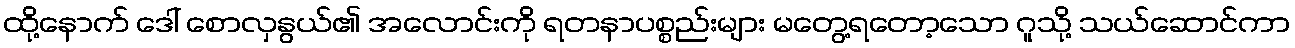
ထို့နောက် ဒေါ် စောလှနွယ်၏ အလောင်းကို ရတနာပစ္စည်းများ မတွေ့ရတော့သော ဂူသို့ သယ်ဆောင်ကာ